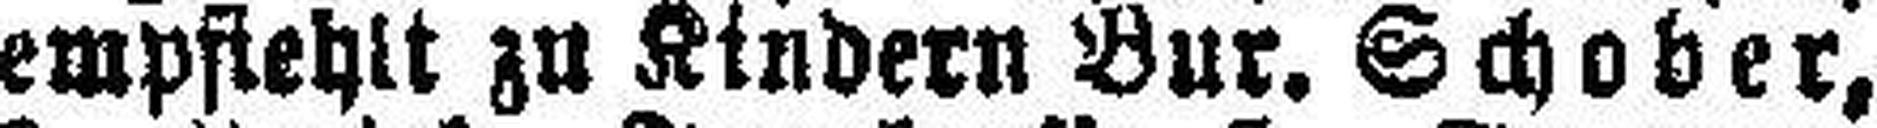
empfiehlt zu Kindern Bur. Schober,